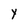
Character: Y